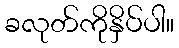
ခလုတ်ကိုနှိပ်ပါ။